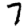
Digit: 7